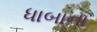
ધાબાના